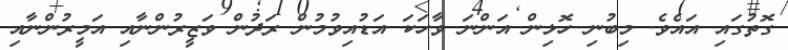
ގޮތުގައި އައެވެ. މިބުނި ހޮޅިން އަންނަ ވާހަކަ އަޑުއިވުމުން ރަދުން ވަޒީރުންނާއި އަމީރުންނާއި